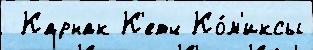
 Карнак К'етч Ко́м'иксы